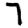
Digit: 7